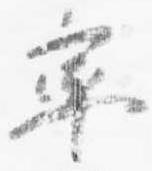
率